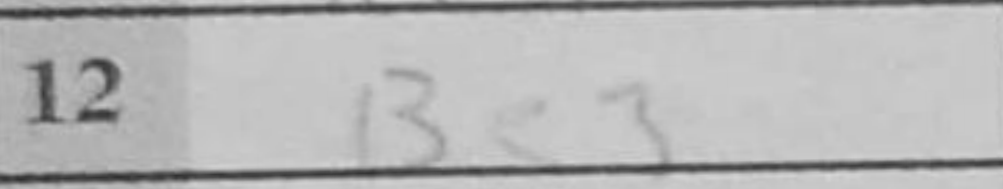
Transcription: Be3